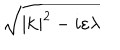
\sqrt { | \mathbf { k } | ^ { 2 } - i \varepsilon \lambda }